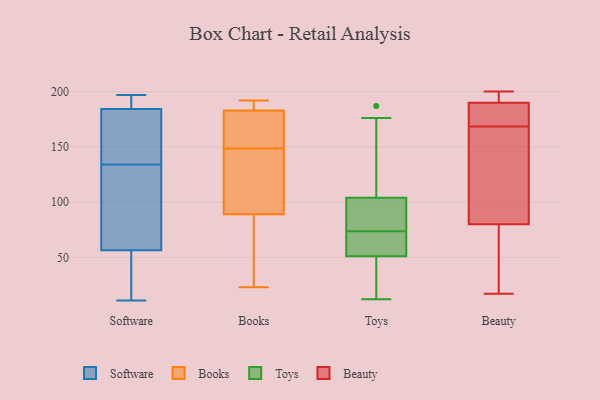
{"axis": {"x": "Satisfaction Score", "y": "Value"}, "legend": ["Beauty", "Books", "Software", "Toys"], "data": [{"x": "", "y": 176, "type": "Software"}, {"x": "", "y": 197, "type": "Software"}, {"x": "", "y": 48, "type": "Software"}, {"x": "", "y": 197, "type": "Software"}, {"x": "", "y": 83, "type": "Software"}, {"x": "", "y": 134, "type": "Software"}, {"x": "", "y": 82, "type": "Software"}, {"x": "", "y": 45, "type": "Software"}, {"x": "", "y": 193, "type": "Software"}, {"x": "", "y": 147, "type": "Software"}, {"x": "", "y": 16, "type": "Software"}, {"x": "", "y": 193, "type": "Software"}, {"x": "", "y": 173, "type": "Software"}, {"x": "", "y": 11, "type": "Software"}, {"x": "", "y": 187, "type": "Software"}, {"x": "", "y": 128, "type": "Software"}, {"x": "", "y": 43, "type": "Software"}, {"x": "", "y": 121, "type": "Software"}, {"x": "", "y": 137, "type": "Software"}, {"x": "", "y": 89, "type": "Books"}, {"x": "", "y": 192, "type": "Books"}, {"x": "", "y": 165, "type": "Books"}, {"x": "", "y": 183, "type": "Books"}, {"x": "", "y": 140, "type": "Books"}, {"x": "", "y": 133, "type": "Books"}, {"x": "", "y": 23, "type": "Books"}, {"x": "", "y": 64, "type": "Books"}, {"x": "", "y": 185, "type": "Books"}, {"x": "", "y": 157, "type": "Books"}, {"x": "", "y": 12, "type": "Toys"}, {"x": "", "y": 176, "type": "Toys"}, {"x": "", "y": 51, "type": "Toys"}, {"x": "", "y": 187, "type": "Toys"}, {"x": "", "y": 73, "type": "Toys"}, {"x": "", "y": 74, "type": "Toys"}, {"x": "", "y": 104, "type": "Toys"}, {"x": "", "y": 21, "type": "Toys"}, {"x": "", "y": 85, "type": "Toys"}, {"x": "", "y": 71, "type": "Toys"}, {"x": "", "y": 17, "type": "Beauty"}, {"x": "", "y": 185, "type": "Beauty"}, {"x": "", "y": 81, "type": "Beauty"}, {"x": "", "y": 169, "type": "Beauty"}, {"x": "", "y": 195, "type": "Beauty"}, {"x": "", "y": 172, "type": "Beauty"}, {"x": "", "y": 168, "type": "Beauty"}, {"x": "", "y": 200, "type": "Beauty"}, {"x": "", "y": 27, "type": "Beauty"}, {"x": "", "y": 88, "type": "Beauty"}, {"x": "", "y": 17, "type": "Beauty"}, {"x": "", "y": 143, "type": "Beauty"}, {"x": "", "y": 179, "type": "Beauty"}, {"x": "", "y": 196, "type": "Beauty"}, {"x": "", "y": 197, "type": "Beauty"}, {"x": "", "y": 79, "type": "Beauty"}]}